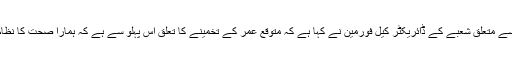
تحقیق کے مصنف اور یونیورسٹی آف واشنگٹن کے صحت سے متعلق شعبے کے ڈائریکٹر کیل فورمین نے کہا ہے کہ متوقع عمر کے تخمینے کا تعلق اس پہلو سے ہے کہ ہمارا صحت کا نظام کس طرح صحت سے متعلق مسائل کا حل تلاش کرتا ہے۔